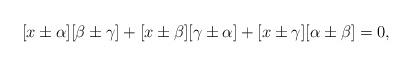
LaTeX: \begin{align*}[x\pm\alpha][\beta\pm\gamma]+[x\pm\beta][\gamma\pm\alpha]+[x\pm\gamma][\alpha\pm\beta]=0,\end{align*}